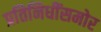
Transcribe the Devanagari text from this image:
प्रतिनिधींसमोर